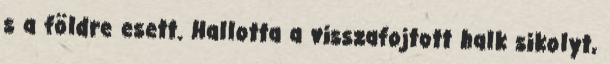
s a földre esett. Hallotta a visszafojtott halk sikolyt,